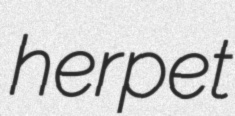
herpet